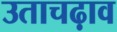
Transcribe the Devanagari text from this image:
उताचढ़ाव